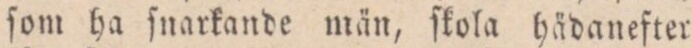
ſom ha ſnarkande män, ſkola hädanefter